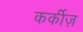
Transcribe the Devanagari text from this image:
कर्कीज़